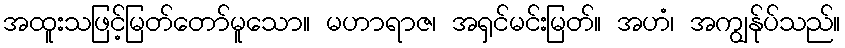
အထူးသဖြင့်မြတ်တော်မူသော။ မဟာရာဇ၊ အရှင်မင်းမြတ်။ အဟံ၊ အကျွန်ုပ်သည်။